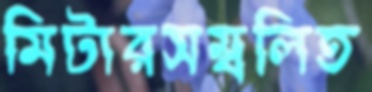
মিটারসম্বলিত